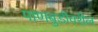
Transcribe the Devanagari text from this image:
पाणबुडीवरील